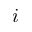
i